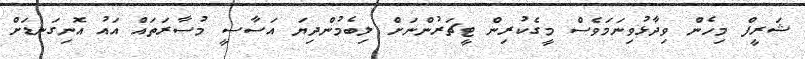
ޝަރީފް މިހެން ވިދާޅުވިނަމަވެސް މީގެކުރިން ޓީޗަރުންނަށް ލިބެމުންދިޔަ އަސާސީ މުސާރަތައް އައު އޮނިގަނޑަށް